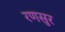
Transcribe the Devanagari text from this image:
रणसुर